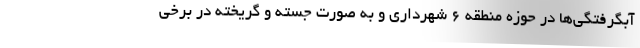
آبگرفتگی‌ها در حوزه منطقه ۶ شهرداری و به صورت جسته و گریخته در برخی